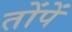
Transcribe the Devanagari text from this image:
तोंपें